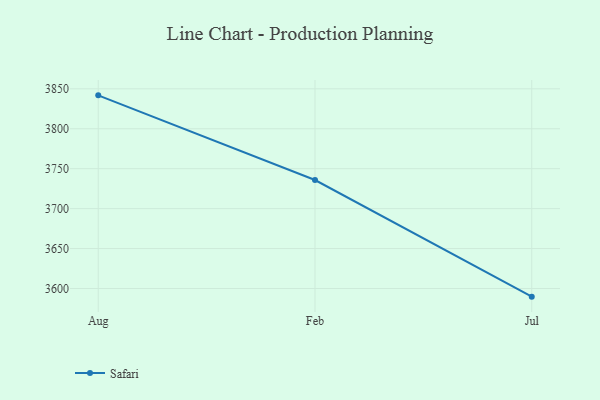
{"axis": {"x": "Month", "y": "Operating Costs (USD K)"}, "legend": ["Safari"], "data": [{"x": "Aug", "y": 3841.8, "type": "Safari"}, {"x": "Feb", "y": 3735.8, "type": "Safari"}, {"x": "Jul", "y": 3589.8, "type": "Safari"}]}